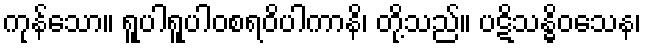
ကုန်သော။ ရူပါရူပါဝစရဝိပါကာနိ၊ တို့သည်။ ပဋိသန္ဓိဝသေန၊